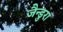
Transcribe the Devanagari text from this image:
जैन्डुरा